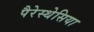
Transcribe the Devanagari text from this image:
पैरेस्थेसिया